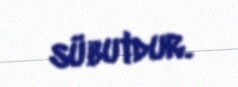
sübutdur.